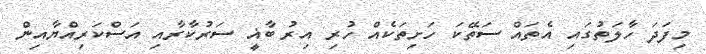
މިފަދަ ހާލަތުގައި އެތައް ސަތޭކަ ހަށިތަކެއް ހުރި އިރު ބާޣީ ސަރުކާރާއި އަސްކަރިއްޔާއިން